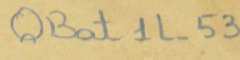
QBat1L-53